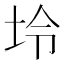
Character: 坽